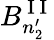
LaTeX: B_{n_{2}^{\prime}}^{\mathrm{~I~I~}}